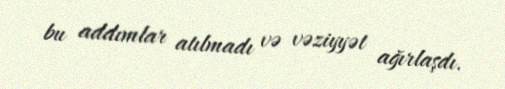
bu addımlar atılmadı və vəziyyət ağırlaşdı.